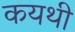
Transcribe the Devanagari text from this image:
कयथी